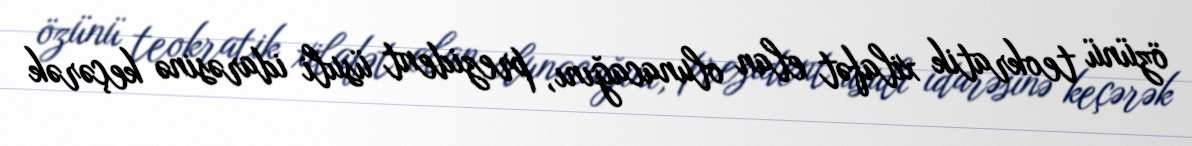
özünü teokratik xilafət elan olunacağını, prezident üsuli idarəsinə keçərək